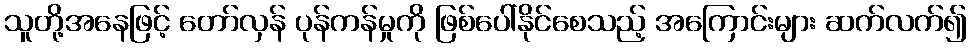
သူတို့အနေဖြင့် တော်လှန် ပုန်ကန်မှုကို ဖြစ်ပေါ်နိုင်စေသည့် အကြောင်းများ ဆက်လက်၍